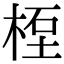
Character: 𥒯